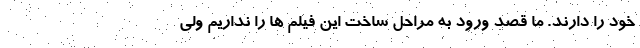
خود را دارند. ما قصد ورود به مراحل ساخت این فیلم ها را نداریم ولی